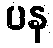
ပန